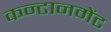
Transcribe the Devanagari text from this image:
कन्टानमेंट